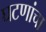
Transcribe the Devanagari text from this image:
घटणांचा